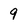
Character: 9